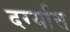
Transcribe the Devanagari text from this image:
दर्ग्यास